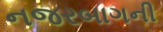
નજરબાગની